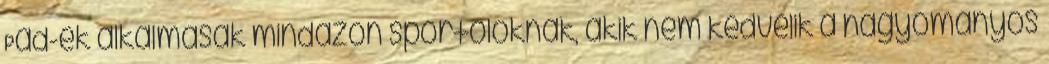
Pad-ek alkalmasak mindazon sportolóknak, akik nem kedvelik a hagyományos